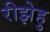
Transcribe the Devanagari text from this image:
रीझेहु